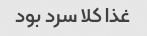
غذا کلا سرد بود